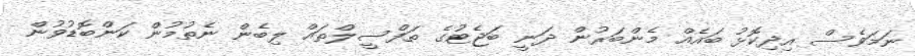
ނަމަވެސް އިދިކޮޅު ބައެއް މެންބަރުން ދަނީ ބަޖެޓުގެ ތަފްސީލްތައް ލިބެން ނެތުމުން ކަންބޮޑުވުން